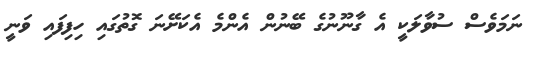
ނަމަވެސް ސުވާލަކީ އެ ގާނޫނުގެ ބޭނުން އެންމެ އެކަށޭނަ ގޮތުގައި ހިފިފައި ވަނީ